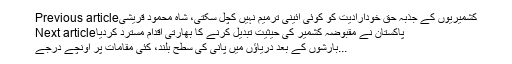
Previous articleکشمیریوں کے جذبہ حق خودارادیت کو کوئی آئینی ترمیم نہیں کچل سکتی، شاہ محمود قریشی
Next articleپاکستان نے مقبوضہ کشمیر کی حیثیت تبدیل کرنے کا بھارتی اقدام مسترد کردیا
بارشوں کے بعد دریاؤں میں پانی کی سطح بلند، کئی مقامات پر اونچے درجے...